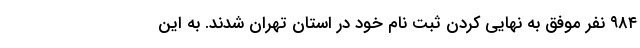
٩٨٤ نفر موفق به نهایی کردن ثبت نام خود در استان تهران شدند. به این